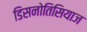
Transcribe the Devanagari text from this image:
डिसनोतिसियाज